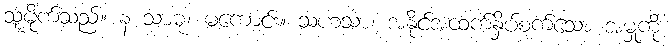
သူမိုက်သည်။ န သာဓု၊ မကောင်း။ သဟသာ၊ အနိုင်အထက်နှိပ်စက်သော အမှုကို